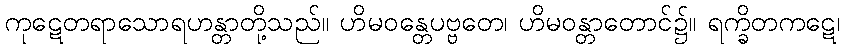
ကုဋေတရာသောရဟန္တာတို့သည်။ ဟိမဝန္တေပဗ္ဗတေ၊ ဟိမဝန္တာတောင်၌။ ရက္ခိတကဋေ၊